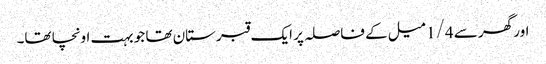
اور گھر سے 1/4 میل کے فاصلہ پر ایک قبرستان تھا جو بہت اونچا تھا۔